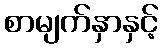
စာမျက်နှာနှင့်